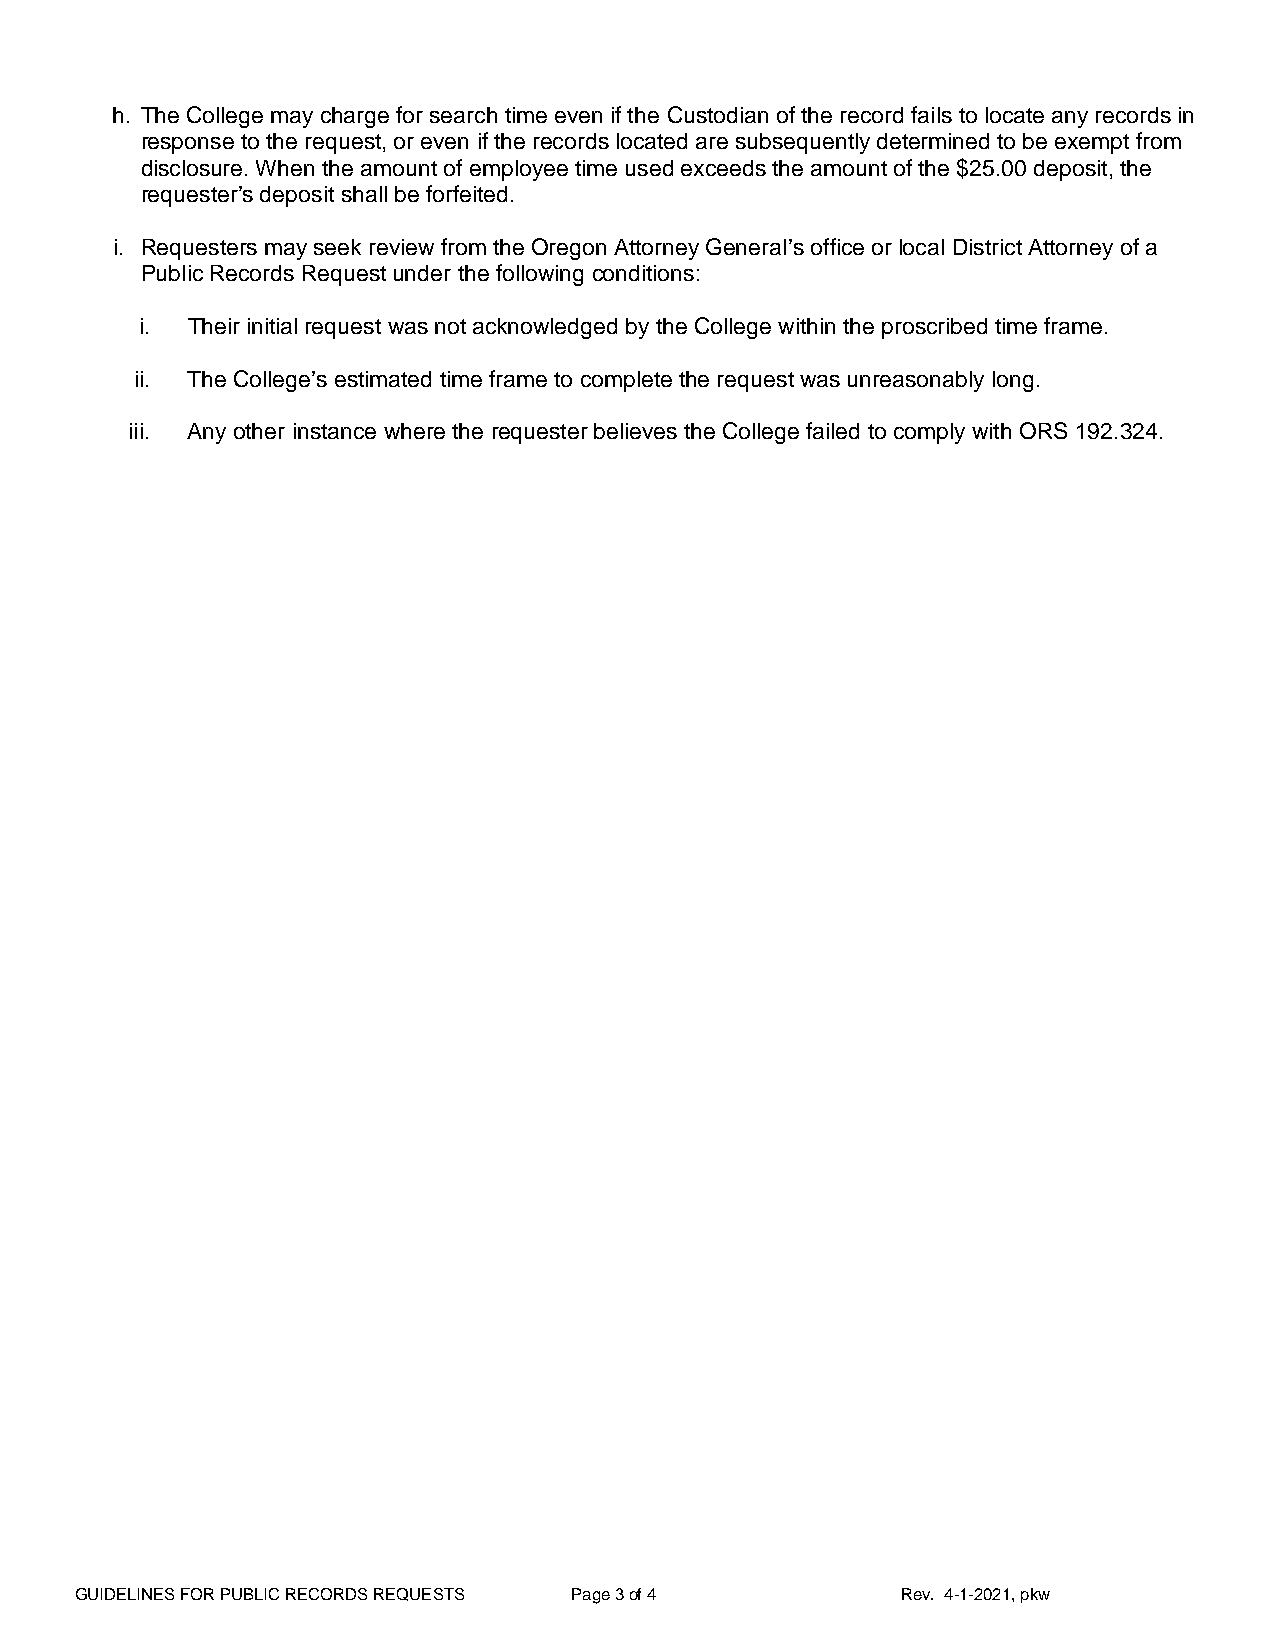
h. The College may charge for search time even if the Custodian of the record fails to locate any records in
 response to the request, or even if the records located are subsequently determined to be exempt from
 disclosure. When the amount of employee time used exceeds the amount of the $25.00 deposit, the
 requester’s deposit shall be forfeited.
 i. Requesters may seek review from the Oregon Attorney General’s office or local District Attorney of a
 Public Records Request under the following conditions:
 i. Their initial request was not acknowledged by the College within the proscribed time frame.
 ii. The College’s estimated time frame to complete the request was unreasonably long.
 iii. Any other instance where the requester believes the College failed to comply with ORS 192.324.
 GUIDELINES FOR PUBLIC RECORDS REQUESTS Page 3 of 4     Rev. 4-1-2021, pkw